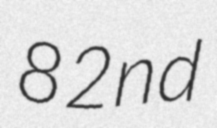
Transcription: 82nd